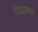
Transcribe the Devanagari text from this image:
पिसल्ल